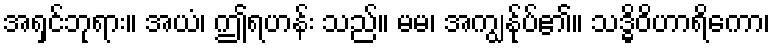
အရှင်ဘုရား။ အယံ၊ ဤရဟန်း သည်။ မမ၊ အကျွန်ုပ်၏။ သဒ္ဓိဝိဟာရိကော၊